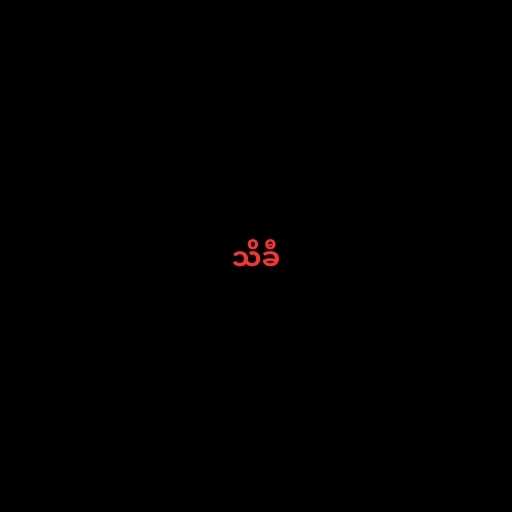
သိခီ